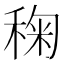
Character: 𮃌